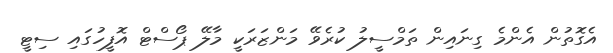
އެގޮތުން އެންމެ ގިނައިން ތަމްސީލު ކުރެވޭ މަންޒަރަކީ މާލޭ ޕޯސްޓް އޮފީހުގައި ސިޓީ